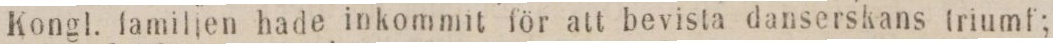
Kongl. familjen hade inkommit för att bevista danserskans triumf;